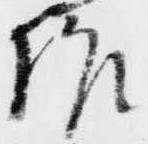
作